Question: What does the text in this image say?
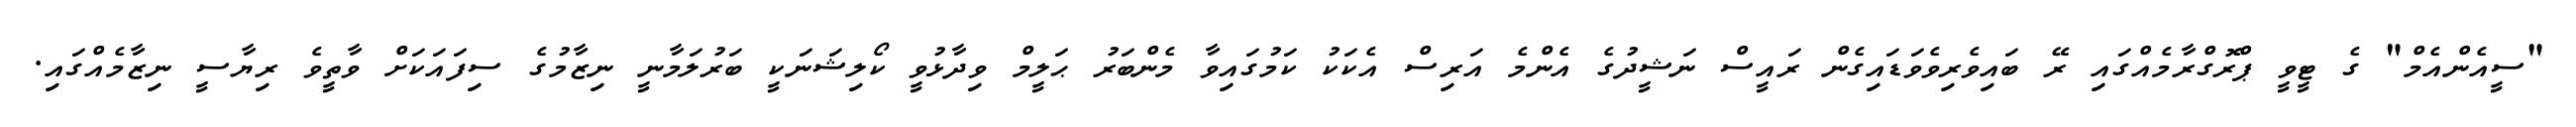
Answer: "ސީއެންއެމް" ގެ ޓީވީ ޕްރޮގްރާމެއްގައި ރޭ ބައިވެރިވެވަޑައިގެން ރައީސް ނަޝީދުގެ އެންމެ އަރިސް އެކަކު ކަމުގައިވާ މެންބަރު ޙަލީމް ވިދާޅުވީ ކޯލިޝަނަކީ ބަރުލަމާނީ ނިޒާމުގެ ސިފައަކަށް ވާތީވެ ރިޔާސީ ނިޒާމެއްގައި.